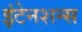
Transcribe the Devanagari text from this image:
इंटेनशन्स